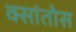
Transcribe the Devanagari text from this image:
क्सांतोस